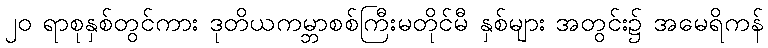
၂၀ ရာစုနှစ်တွင်ကား ဒုတိယကမ္ဘာစစ်ကြီးမတိုင်မီ နှစ်များ အတွင်း၌ အမေရိကန်